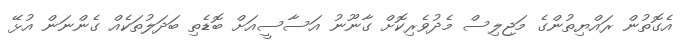
އެގޮތުން ރައްޔިތުންގެ މަޖިލިސް މެދުވެރިކޮށް ގާނޫނު އަސާސީއަށް ބޮޑެތި ބަދަލުތަކެއް ގެންނަން އުޅޭ